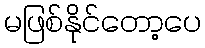
မဖြစ်နိုင်တော့ပေ